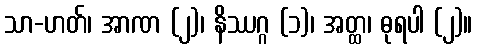
သာ-ဟတ်၊ အာဏ (၂)၊ နိဿဂ္ဂ (၁)၊ အတ္ထ၊ ဓုရပါ (၂)။